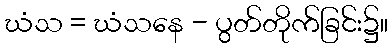
ဃံသ = ဃံသနေ - ပွတ်တိုက်ခြင်း၌။